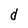
Character: d